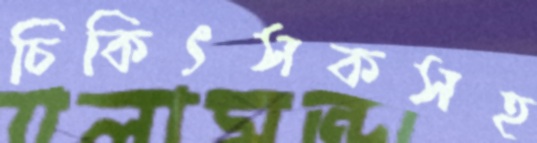
চিকিৎসকসহ